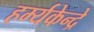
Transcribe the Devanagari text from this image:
हर्म्यकेन्द्रे